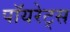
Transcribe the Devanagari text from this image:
पॉयरेट्स